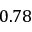
0 . 7 8